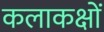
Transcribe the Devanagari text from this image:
कलाकक्षों